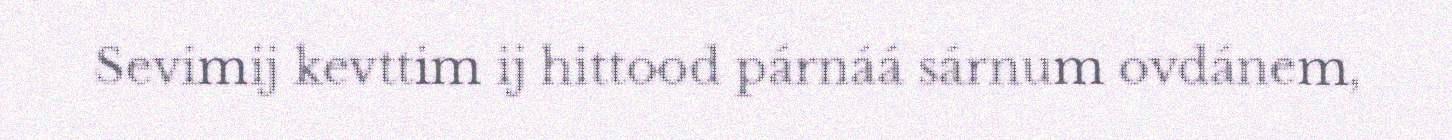
Sevimij kevttim ij hittood párnáá sárnum ovdánem,